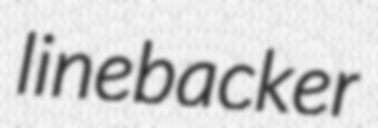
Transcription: linebacker